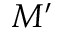
M ^ { \prime }